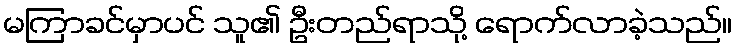
မကြာခင်မှာပင် သူ၏ ဦးတည်ရာသို့ ရောက်လာခဲ့သည်။